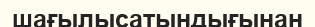
шағылысатындығынан